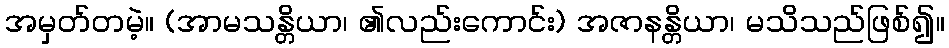
အမှတ်တမဲ့။ (အာမသန္တိယာ၊ ၏လည်းကောင်း) အဇာနန္တိယာ၊ မသိသည်ဖြစ်၍။